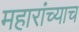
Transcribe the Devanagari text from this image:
महारांच्याच